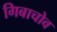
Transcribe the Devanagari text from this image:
गिबाचोव